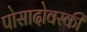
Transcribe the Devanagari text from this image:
पोसादोवस्की